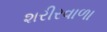
શરીરવાળા